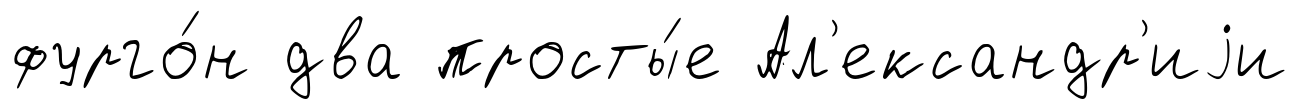
фурго́н два просты́е Ал'ександр'иjи